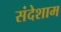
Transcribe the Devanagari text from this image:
संदेशाम